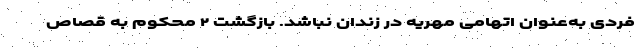
فردی به‌عنوان اتهامی مهریه در زندان نباشد. بازگشت ۲ محکوم به قصاص